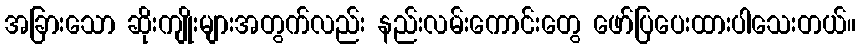
အခြားသော ဆိုးကျိုးများအတွက်လည်း နည်းလမ်းကောင်းတွေ ဖော်ပြပေးထားပါသေးတယ်။